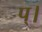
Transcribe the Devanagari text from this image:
प्।